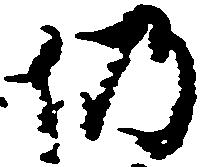
仍